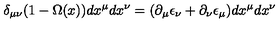
\delta _ { \mu \nu } ( 1 - \Omega ( x ) ) d x ^ { \mu } d x ^ { \nu } = ( \partial _ { \mu } \epsilon _ { \nu } + \partial _ { \nu } \epsilon _ { \mu } ) d x ^ { \mu } d x ^ { \nu }